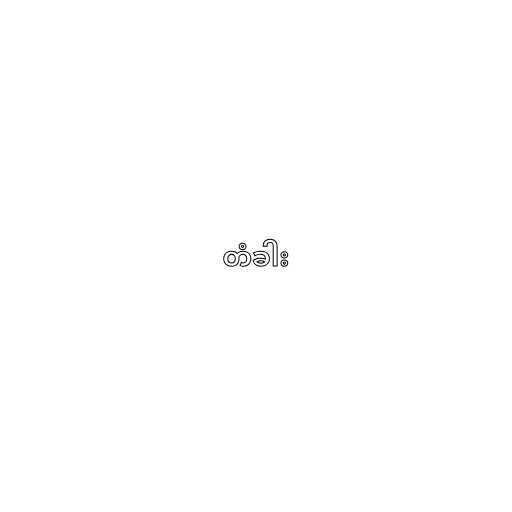
တံခါး